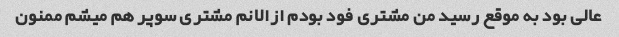
عالی بود به موقع رسید من مشتری فود بودم ازالانم مشتری سوپر هم میشم ممنون